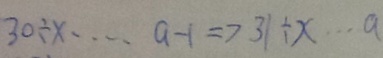
3 0 \div x \cdots a - 1 \Rightarrow 3 1 \div x \cdots a